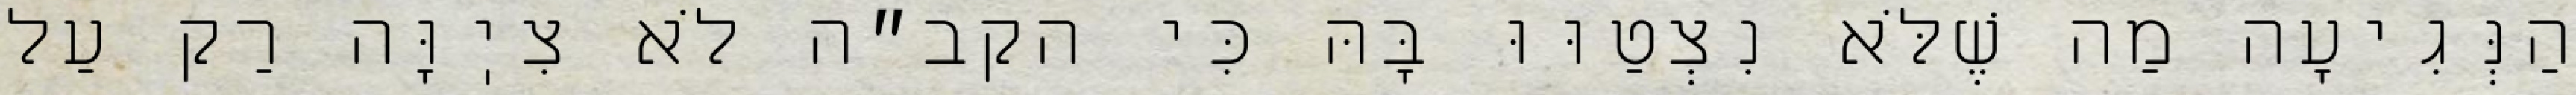
הַנְּגִיעָה מַה שֶׁלֹּא נִצְטַוּוּ בָּהּ כִּי הקב״ה לֹא צִיֽוָּה רַק עַל